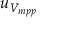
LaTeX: u _ { V _ { m p p } }